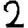
Digit: 2